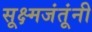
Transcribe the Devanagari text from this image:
सूक्ष्मजंतूंनी